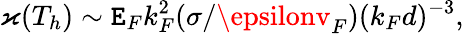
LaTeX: \varkappa(T_{h})\sim\mathtt{E}_{F}k_{F}^{2}(\sigma/\epsilonv_{F})(k_{F}d)^{-3},